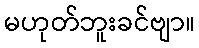
မဟုတ်ဘူးခင်ဗျာ။